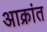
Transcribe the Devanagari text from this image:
अाक्रांत